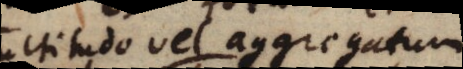
multitudo vel aggregatum